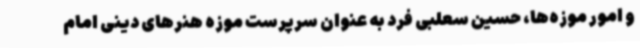
و امور موزه‌ها، حسین سعلبی فرد به عنوان سرپرست موزه هنرهای دینی امام